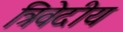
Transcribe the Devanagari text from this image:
त्रिवेदीय